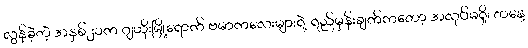
လွန်ခဲ့တဲ့ အနှစ်၂၀က ဂျဟိုးမြို့ရောက် ဗမာကလေးများရဲ့ ရည်မှန်းချက်ကတော့ အလုပ်မရှိ၊ တနေ့